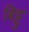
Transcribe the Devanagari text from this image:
बिट्टु